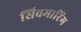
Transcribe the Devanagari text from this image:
सिवमारिंग